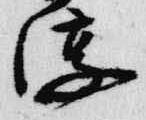
淳